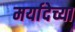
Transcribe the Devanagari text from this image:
मर्यादेच्या